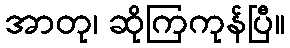
အာတု၊ ဆိုကြကုန်ပြီ။